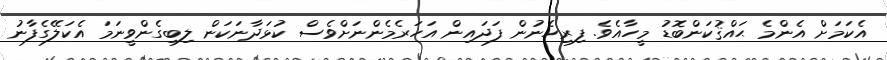
އެކަމަށް އެންމެ ޙައްޤުކަންބޮޑު މީހާއެެވެ. ފިރިހެނުން ފަދައިން އަހަރެމެންނަށްވެސް ކުޅަދާނަކަން ލިބިގެންވީނަމަ އެކަލޭގެފާނު